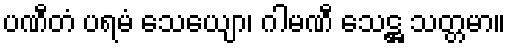
ပဏီတံ ပရမံ သေယျော၊ ဂါမဏီ သေဋ္ဌ သတ္တမာ။